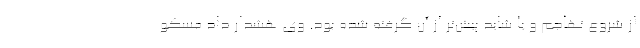
از شروع تهاجم و یا شاید پیش‌تر از آن گرفته شده بود. وی هشدار داد مسکو